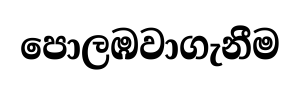
පොලඹවාගැනීම